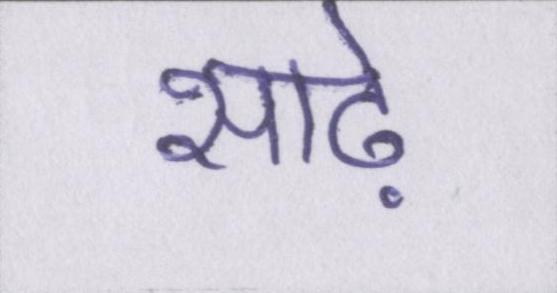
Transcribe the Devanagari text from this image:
साढ़े